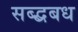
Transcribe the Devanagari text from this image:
सब्द्बबध